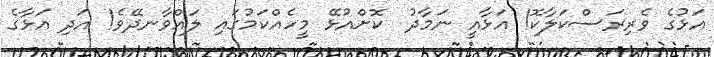
އަޅުގެ ވެރިރަސްކަލާކޮ! އަޅާއީ ނަމާދު  ކޮށްއުޅޭ މީހެއްކަމުގައި ލައްވާނދޭވެ! އަދި އަޅާގެ